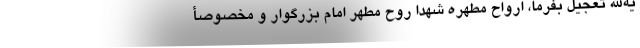
یةالله تعجیل بفرما، ارواح مطهره شهدا روح مطهر امام بزرگوار و مخصوصأ